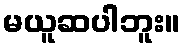
မယူဆပါဘူး။